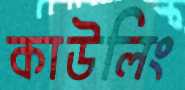
কাউলিং